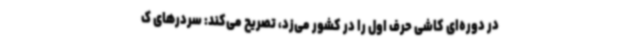
در دوره‌ای کاشی حرف اول را در کشور می‌زد، تصریح می‌کند: سردرهای ک